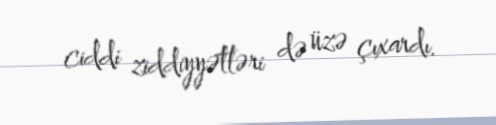
ciddi ziddiyyətləri də üzə çıxardı.